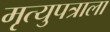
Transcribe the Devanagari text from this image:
मृत्युपत्राला